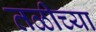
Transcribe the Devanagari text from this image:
तळीच्या